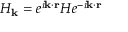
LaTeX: H _ { \mathbf { k } } = e ^ { i \mathbf { k } \cdot \mathbf { r } } H e ^ { - i \mathbf { k } \cdot \mathbf { r } }